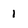
Character: 1